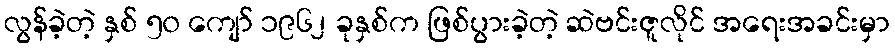
လွန်ခဲ့တဲ့ နှစ် ၅၀ ကျော် ၁၉၆၂ ခုနှစ်က ဖြစ်ပွားခဲ့တဲ့ ဆဲဗင်းဇူလိုင် အရေးအခင်းမှာ